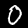
Digit: 0